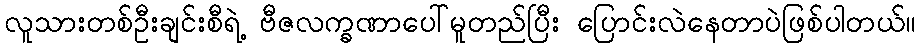
လူသားတစ်ဦးချင်းစီရဲ့ ဗီဇလက္ခဏာပေါ်မူတည်ပြီး ပြောင်းလဲနေတာပဲဖြစ်ပါတယ်။